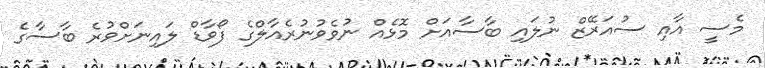
މެސީ އާއި ސުއަރޭޒް ނުލައި ބާސާއަށް މޮޅެއް ނުވެވުނުރެއާލްގެ ފޯވާޑް ލައިނަށްވުރެ ބާސާގެ